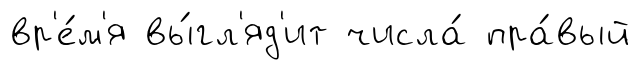
вр'е́м'я вы́гл'яд'ит числа́ пра́вый